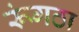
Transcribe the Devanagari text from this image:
रूंगठा